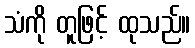
သံကို တူဖြင့် ထုသည်။